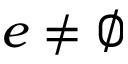
e \neq \emptyset